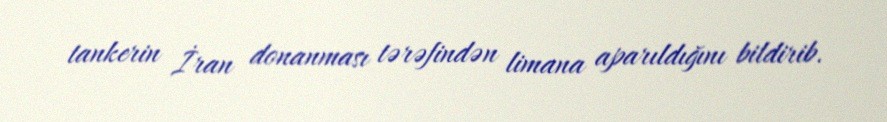
tankerin İran donanması tərəfindən limana aparıldığını bildirib.